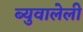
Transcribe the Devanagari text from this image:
ब्युवालेली